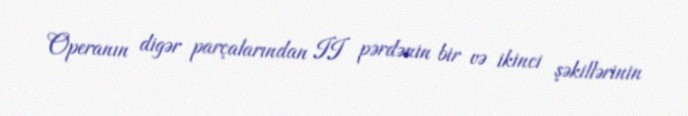
Operanın digər parçalarından II pərdənin bir və ikinci şəkillərinin